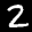
Label: 2